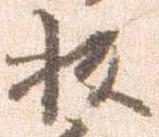
板